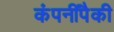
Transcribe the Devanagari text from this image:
कंपनींपैकी